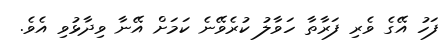
ފަހު އޭގެ ވެރި ފަރާތާ ހަވާލު ކުރެވޭނެ ކަމަށް އޭނާ ވިދާޅުވި އެވެ.